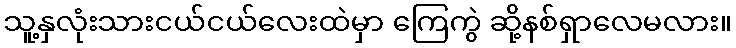
သူ့နှလုံးသားငယ်ငယ်လေးထဲမှာ ကြေကွဲ ဆို့နစ်ရှာလေမလား။